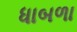
ધાબળા